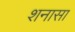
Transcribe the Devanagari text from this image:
शनासा